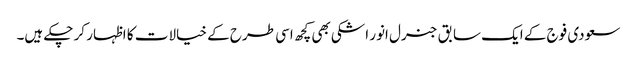
سعودی فوج کے ایک سابق جنرل انور اشکی بھی کچھ اسی طرح کے خیالات کا اظہار کر چکے ہیں۔